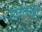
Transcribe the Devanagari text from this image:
सामंतांनीही